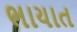
ભાયાત